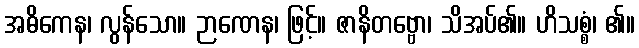
အဓိကေန၊ လွန်သော။ ဉာဏေန၊ ဖြင့်။ ဇာနိတဗ္ဗော၊ သိအပ်၏။ ဟိသစ္စံ၊ ၏။